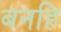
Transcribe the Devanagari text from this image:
बनहि